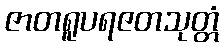
ဇာတရူပရဇတသုတ္တံ